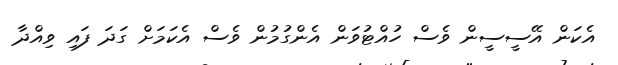
އެކަން އޭސީސީން ވެސް ހުއްޓުވަން އެންގުމުން ވެސް އެކަމަށް ގަދަ ފައި ވިއްދާ